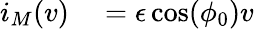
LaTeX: \begin{array}{rl}{i_{M}(v)}&{{}=\epsilon\cos(\phi_{0})v}\end{array}